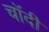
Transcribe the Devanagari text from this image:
चॉदी